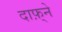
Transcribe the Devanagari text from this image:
दाफ़्ने